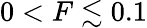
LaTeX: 0<F\lesssim 0.1